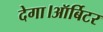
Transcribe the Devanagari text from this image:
देगा।ऑर्बिटर